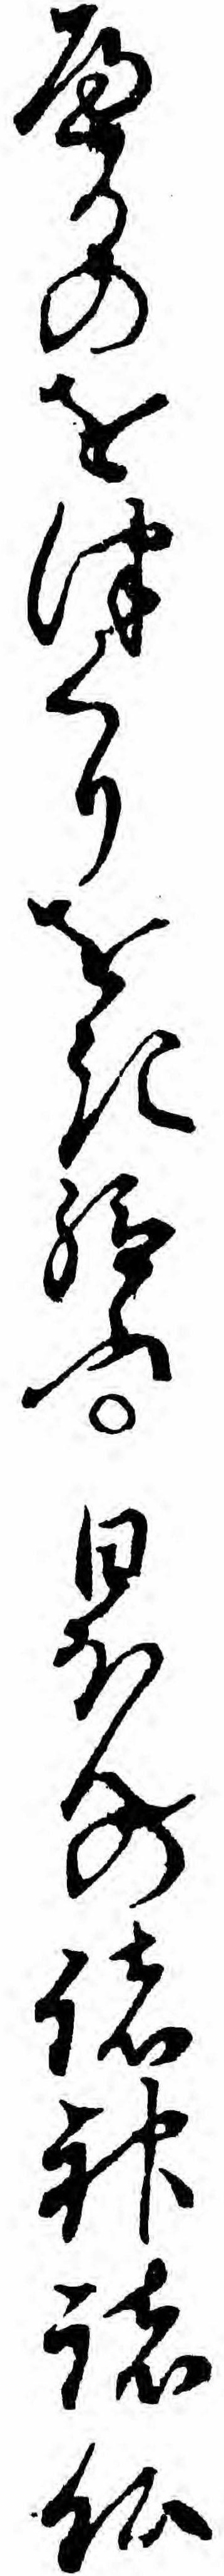
へるのをつくりをき給ふ日ほんの諸神諸仏